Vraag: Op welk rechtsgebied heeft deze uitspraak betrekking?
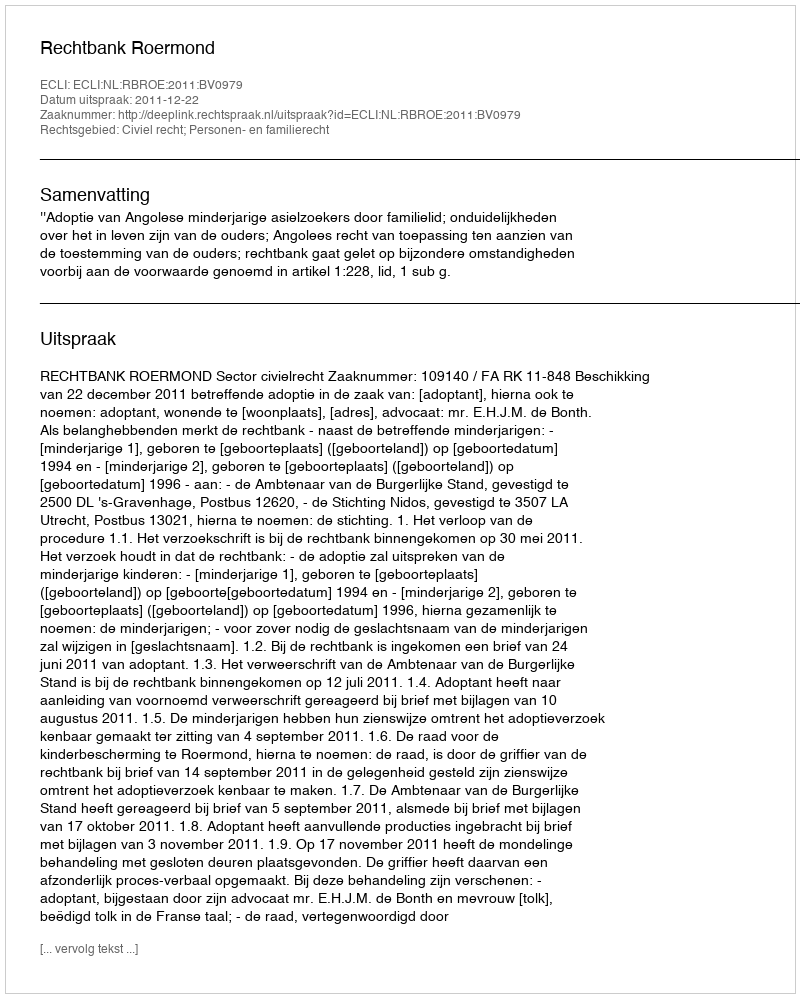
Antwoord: Civiel recht; Personen- en familierecht